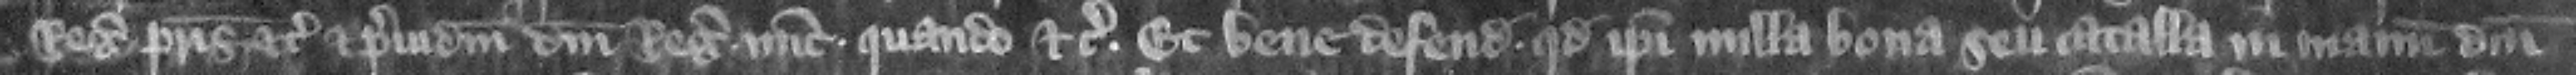
regis patris etc. et preiudicium domini regis nunc quando etc. Et bene defendunt quod ipsi nulla bona seu catalla in manum domini